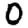
Digit: 0